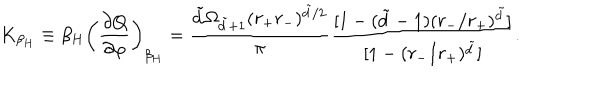
K _ { \beta _ { H } } \equiv \beta _ { H } \left( \frac { \partial Q } { \partial \varphi } \right) _ { \beta _ { H } } = \frac { \tilde { d } \Omega _ { \tilde { d } + 1 } ( r _ { + } r _ { - } ) ^ { \tilde { d } / 2 } } { \pi } \frac { [ 1 - ( \tilde { d } - 1 ) ( r _ { - } / r _ { + } ) ^ { \tilde { d } } ] } { [ 1 - ( r _ { - } / r _ { + } ) ^ { \tilde { d } } ] } .